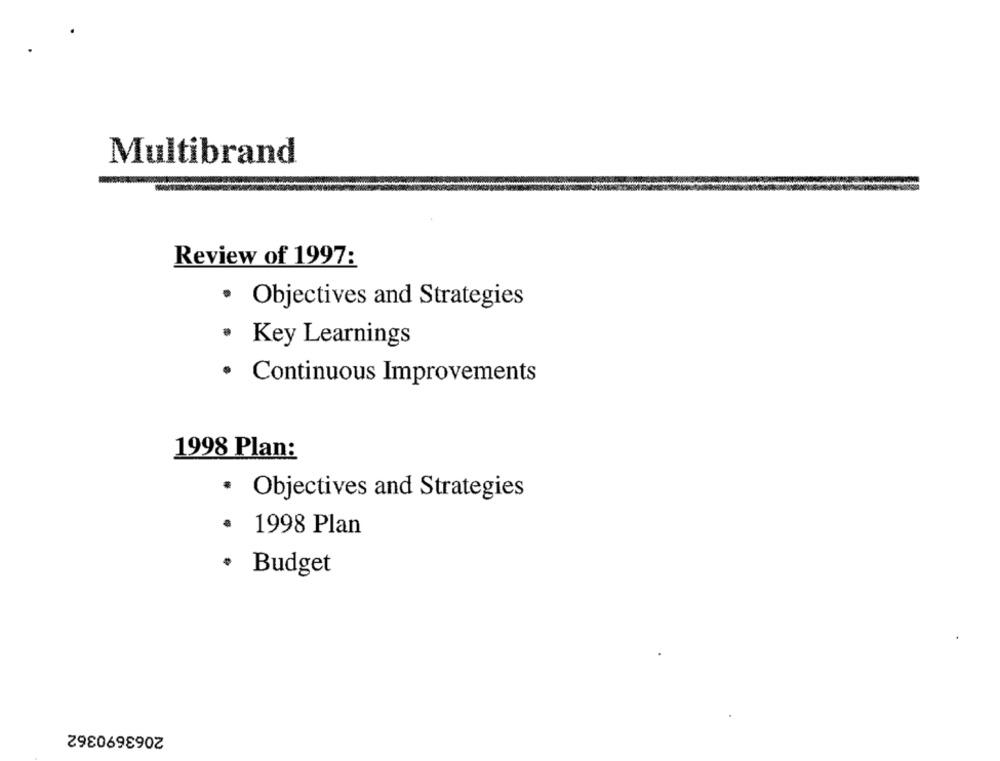
Multibrand
Review of 1997:
· Objectives and Strategies
· Key Learnings
· Continuous Improvements
1998 Plan:
· Objectives and Strategies
.
1998 Plan
.
Budget
2063690362